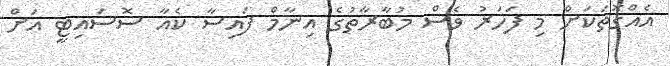
އެއްގޮތަކަށް މި ފަހަރު ވެސް މުބާރާތުގެ އިނާމް ފައިސާ ކެއާ ސޮސައިޓީ އަށް